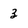
Character: 3